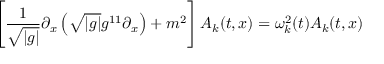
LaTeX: \left[ \frac { 1 } { \sqrt { | g | } } \partial _ { x } \left( \sqrt { | g | } g ^ { 1 1 } \partial _ { x } \right) + m ^ { 2 } \right] A _ { k } ( t , x ) = \omega _ { k } ^ { 2 } ( t ) A _ { k } ( t , x )